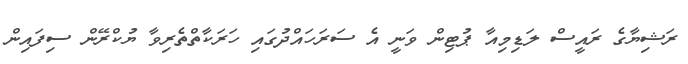
ރަޝިޔާގެ ރައީސް ލަޑިމިއާ ޕުޓިން ވަނީ އެ ސަރަހައްދުގައި ހަރަކާތްތެރިވާ ޔުކްރޭން ސިފައިން